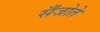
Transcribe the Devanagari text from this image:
सँजोते